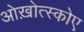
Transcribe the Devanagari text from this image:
ओख़ोत्स्कोए